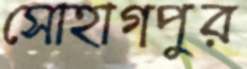
সোহাগপুর